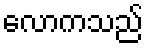
လောကသည်